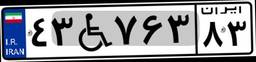
۰۷W۱۴۳۲۳